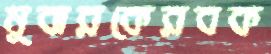
মুবারকেরবক